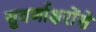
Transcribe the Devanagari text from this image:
सुवर्णाक्षरोंसे